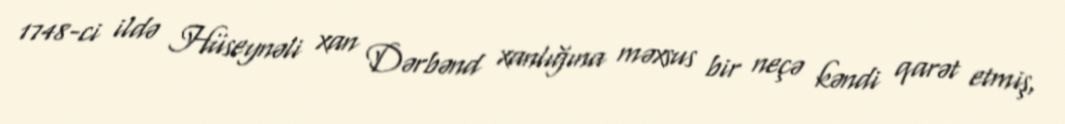
1748-ci ildə Hüseynəli xan Dərbənd xanlığına məxsus bir neçə kəndi qarət etmiş,